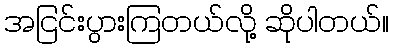
အငြင်းပွားကြတယ်လို့ ဆိုပါတယ်။